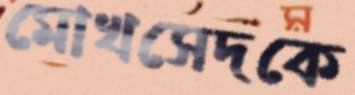
মোখসেদকে